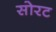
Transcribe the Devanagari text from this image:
सोरट